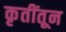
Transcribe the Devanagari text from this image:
कृतींतून